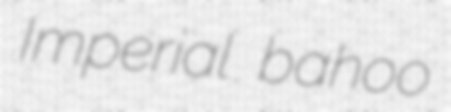
Imperial bahoo